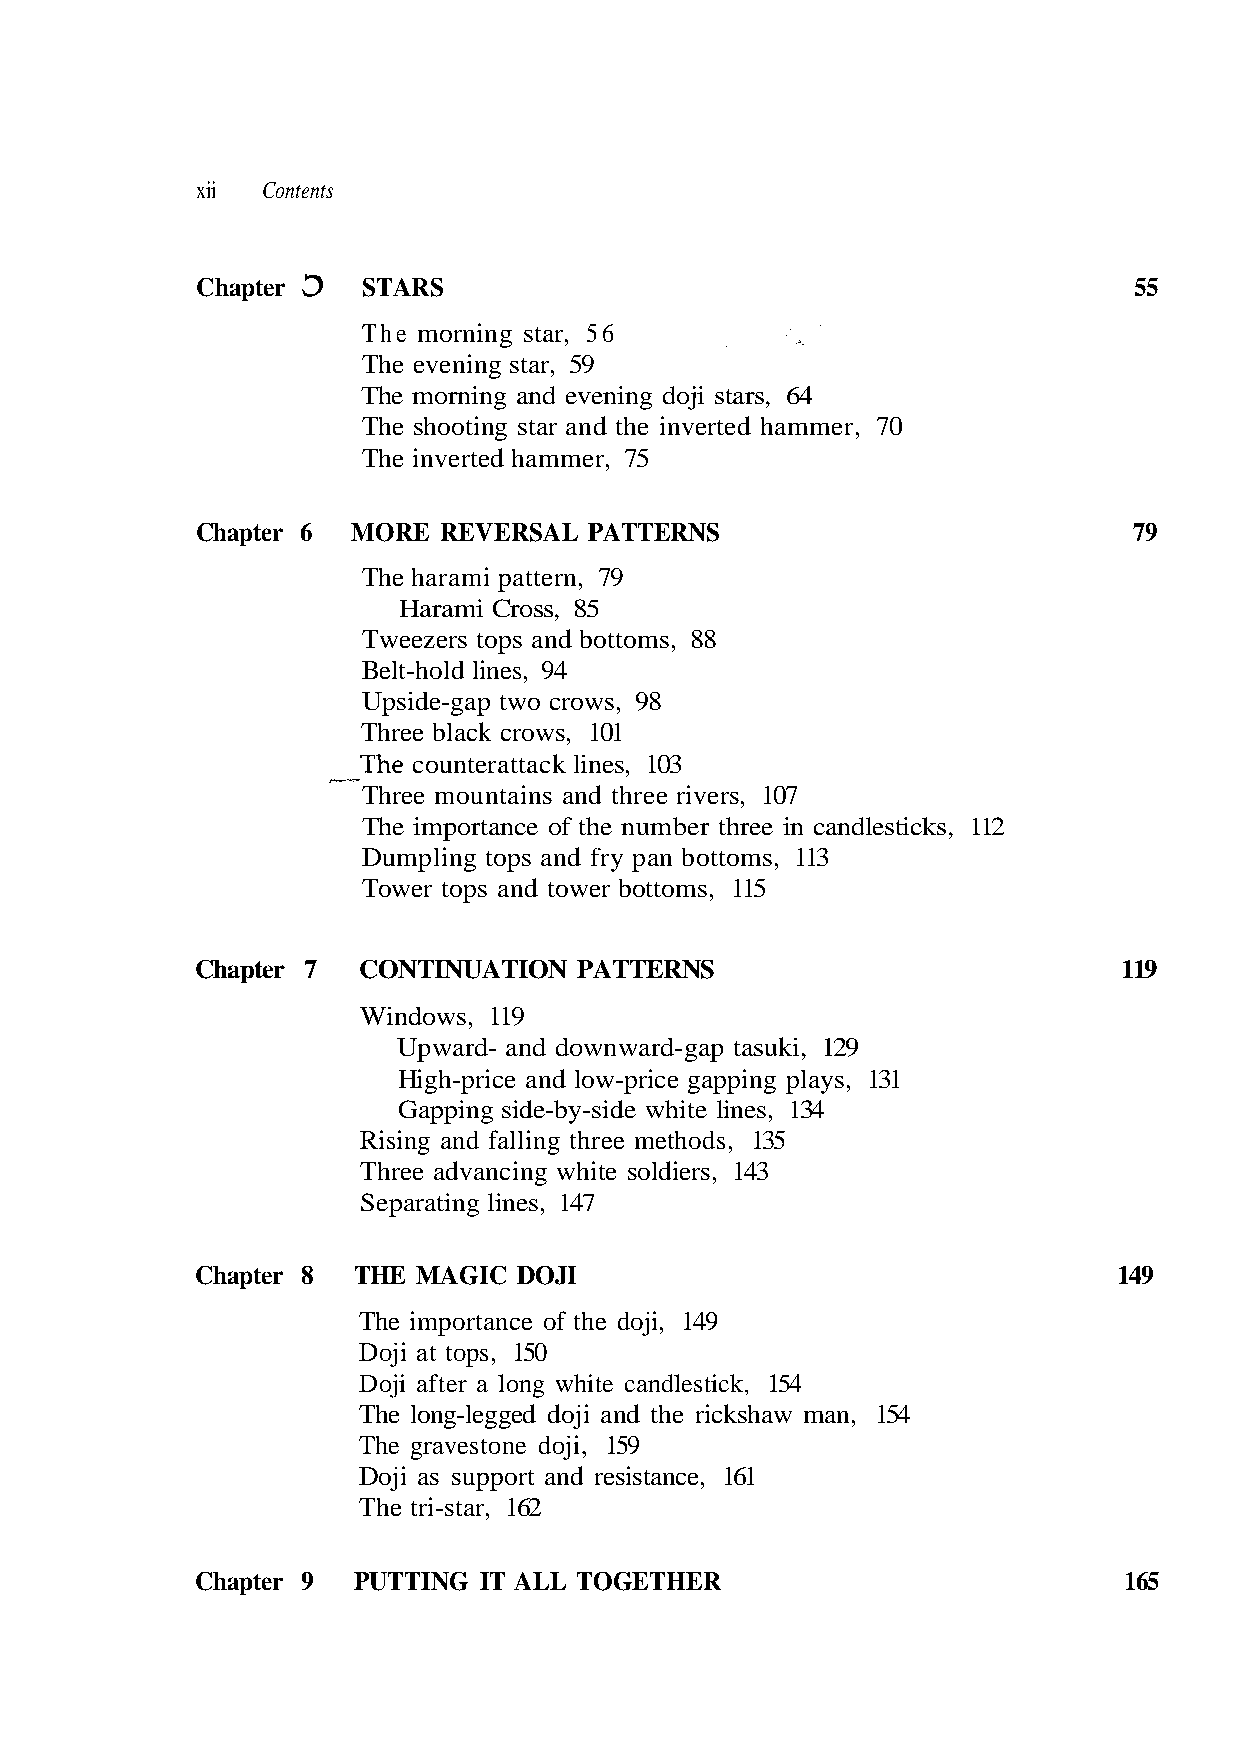
xii Contents
 O
 The morning star, 56    . - - " . . , .'
 The morning and evening doji stars, 64
 The shooting star and the inverted hammer, 70
 Harami Cross, 85
 Belt-hold lines, 94
 Upside-gap two crows, 98
 Three black crows, 101
 __The counterattack lines, 103
 Three mountains and three rivers, 107
 Dumpling tops and fry pan bottoms, 113
 Chapter 7  CONTINUATION  PATTERNS                            119
 Windows, 119
 Gapping side-by-side white lines, 134
 Three advancing white soldiers, 143
 The importance of the doji, 149
 Doji at tops, 150
 Doji as support and resistance, 161
 The tri-star, 162
 9 4 1
 7 4
 5 5
 1
 5 6 1
 , s e n i l
 I
 R
 g
 J
 E
 O
 H T
 D
 4
 E
 79
 n
 C
 15
 OG
 I
 T
 G
 , k
 L
 i
 A
 c
 L
 M
 i
 9
 A
 t
 t
 s
 5
 T
 131
 E
 dle
 1
 G I
 a
 H
 ,
 n
 N
 RS
 ATTERNS
 88
 plays
 r
 T
 e ca
 oji,
 UTTI
 Chapter STA
 The evening star, 59
 The inverted hammer, 75
 Chapter 6 MORE REVERSAL P
 The harami pattern, 79
 Tweezers tops and bottoms,
 The importance of the number three in candlesticks, 112
 Tower tops and tower bottoms, 115
 ward- and downward-gap tasuki, 129
 igh-price and low-price gapping
 Rising and falling three methods, 135
 Sepa
 Chapter 8
 Doji after a long whit
 The long-legged doji and the rickshaw man, 154
 The gravestone d
 Chapter 9 P
 pH U